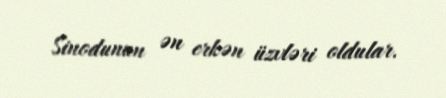
Sinodunun ən erkən üzvləri oldular.